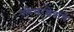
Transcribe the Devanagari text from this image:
परिसरक्षेत्रांचे